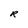
Character: R